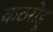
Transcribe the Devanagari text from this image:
कठरोहू